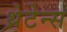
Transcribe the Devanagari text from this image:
थ्रेटेन्स